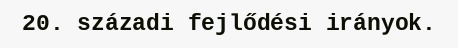
20. századi fejlődési irányok.